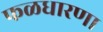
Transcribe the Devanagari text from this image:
फळधारणा